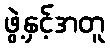
ဖွဲ့နှင့်အတူ